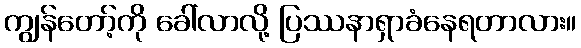
ကျွန်တော့်ကို ခေါ်လာလို့ ပြဿနာရှာခံနေရတာလား။